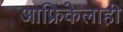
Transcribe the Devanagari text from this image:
आफ्रिकेलाही